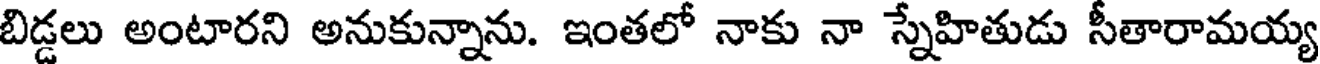
బిడ్డలు అంటారని అనుకున్నాను. ఇంతలో నాకు నా స్నేహితుడు సీతారామయ్య